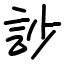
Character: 訬